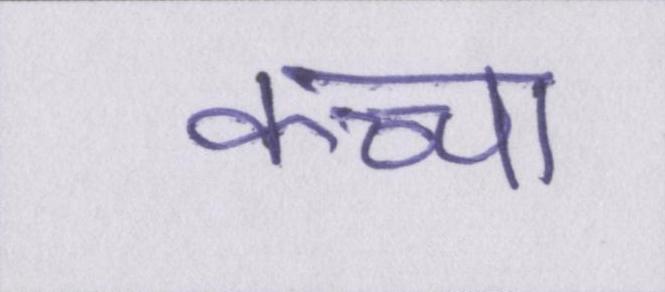
कच्चा